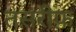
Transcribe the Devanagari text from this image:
तस़रीफ़